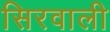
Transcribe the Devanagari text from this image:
सिरवाली